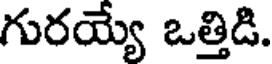
గురయ్యే ఒత్తిడి.